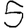
Digit: 5